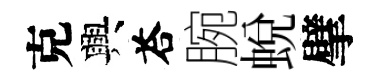
克興荅腕蜕擘